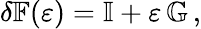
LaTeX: \delta\mathbb{F}(\varepsilon)=\mathbb{I}+\varepsilon\, \mathbb{G}\, ,